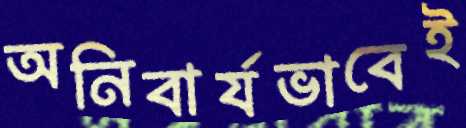
অনিবার্যভাবেই